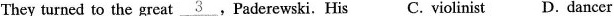
They turned to the great \underline{3}.Paderewski. His C. violinist D. dancer